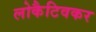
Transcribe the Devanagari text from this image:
लोकैटिवकर